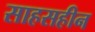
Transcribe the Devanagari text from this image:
साहसहीन